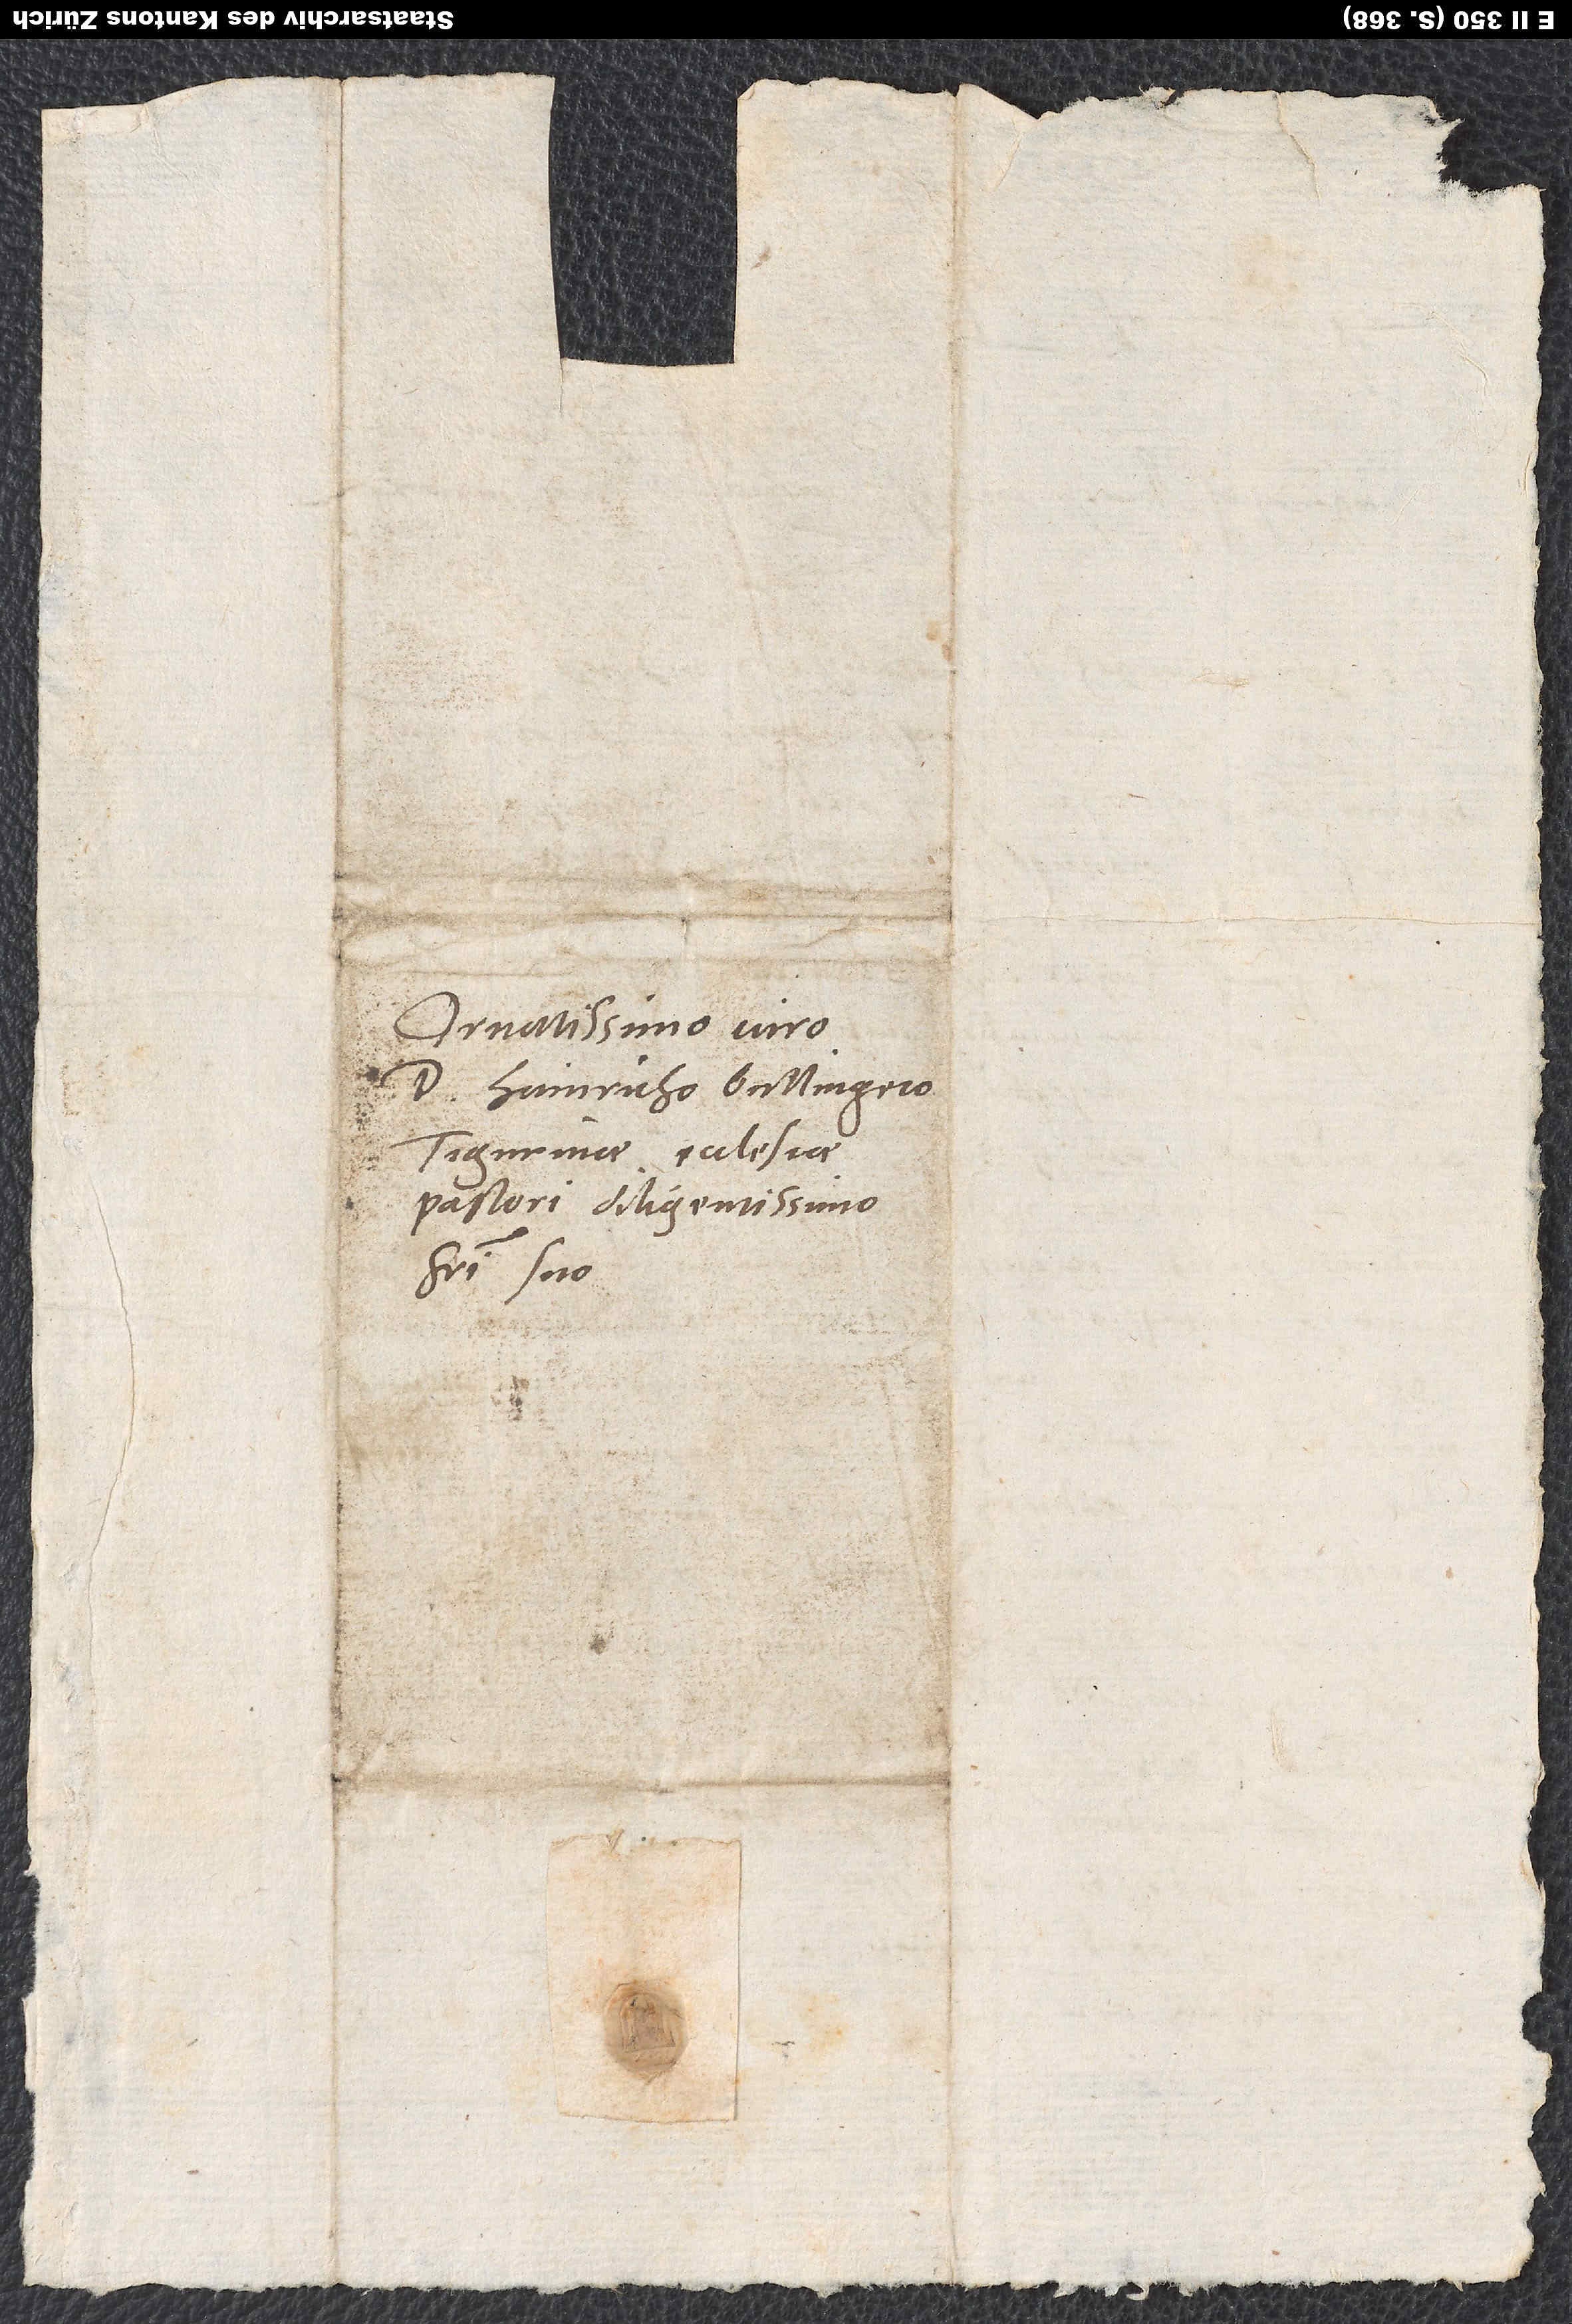
Ornatissimo viro
Hainricho Bullingero,
Tigurinae ecclesiae
pastori diligentissimo,
fratri suo.